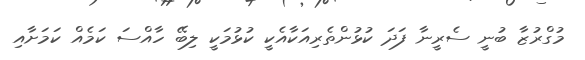
މުގްރުޒާ ބުނީ ސެރީނާ ފަދަ ކުޅުންތެރިއަކާއެކީ ކުޅުމަކީ ލިބޭ ހާއްސަ ކަމެއް ކަމަށާއި